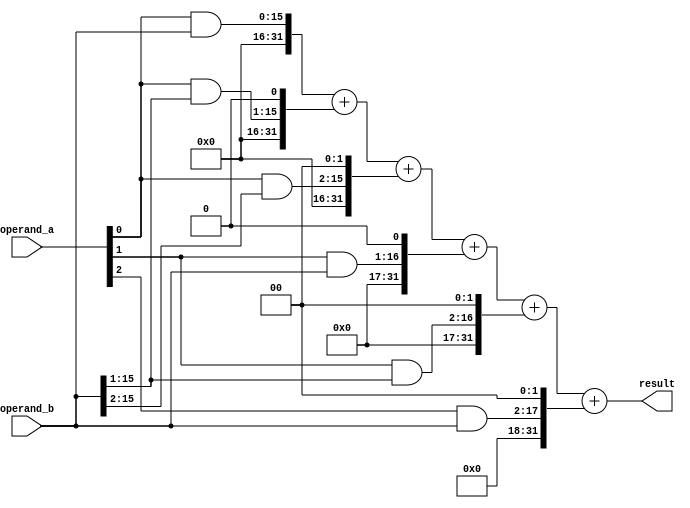
module dadda_multiplier(
    input wire [15:0] operand_a,
    input wire [15:0] operand_b,
    output wire [31:0] result
);

reg [31:0] partial_products [3:0][3:0]; // Declare a 4x4 array to store partial products

// Generate partial products
genvar i, j;
generate
    for (i = 0; i < 4; i = i + 1) begin
        for (j = 0; j < 4; j = j + 1) begin
            assign partial_products[i][j] = operand_a[i] & (operand_b >> j);
        end
    end
endgenerate

// Combine partial products to produce the final result using Dadda architecture
assign result = partial_products[0][0] + (partial_products[0][1] << 1) + (partial_products[0][2] << 2) + (partial_products[1][0] << 1) + (partial_products[1][1] << 2) + (partial_products[2][0] << 2);

endmodule